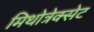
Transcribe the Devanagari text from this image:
मिथोत्रेक्सेट